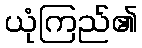
ယုံကြည်၏